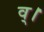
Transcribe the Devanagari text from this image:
व्।